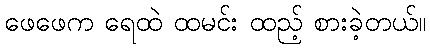
ဖေဖေက ရေထဲ ထမင်း ထည့် စားခဲ့တယ်။